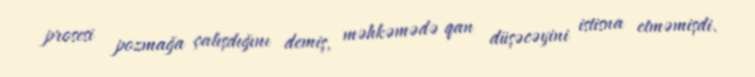
prosesi pozmağa çalışdığını demiş, məhkəmədə qan düşəcəyini istisna etməmişdi.